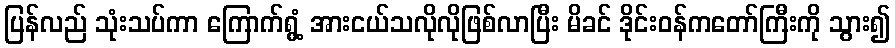
ပြန်လည် သုံးသပ်ကာ ကြောက်ရွံ့ အားငယ်သလိုလိုဖြစ်လာပြီး မိခင် ဒိုင်းဝန်ကတော်ကြီးကို သွား၍